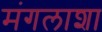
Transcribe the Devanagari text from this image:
मंगलाशा